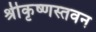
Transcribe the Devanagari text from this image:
श्रीकृष्णस्तवन